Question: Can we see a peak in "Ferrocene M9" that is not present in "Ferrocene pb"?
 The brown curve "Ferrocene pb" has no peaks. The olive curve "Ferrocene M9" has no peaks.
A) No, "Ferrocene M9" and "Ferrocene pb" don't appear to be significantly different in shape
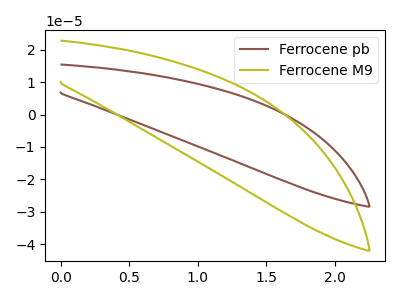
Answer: <think>Neither "Ferrocene M9" or "Ferrocene pb" have any peaks.
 </think>
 <answer>A) No, "Ferrocene M9" and "Ferrocene pb" don't appear to be significantly different in shape</answer>
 <eval>A</eval>